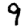
Digit: 9